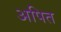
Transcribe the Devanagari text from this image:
अपित